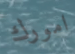
امورك